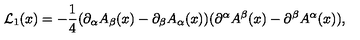
{ \cal L } _ { 1 } ( x ) = - { \frac { 1 } { 4 } } ( \partial _ { \alpha } A _ { \beta } ( x ) - \partial _ { \beta } A _ { \alpha } ( x ) ) ( \partial ^ { \alpha } A ^ { \beta } ( x ) - \partial ^ { \beta } A ^ { \alpha } ( x ) ) ,